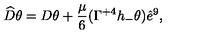
\widehat { D } \theta = D \theta + \frac { \mu } { 6 } ( \Gamma ^ { + 4 } h _ { - } \theta ) \hat { e } ^ { 9 } ,